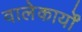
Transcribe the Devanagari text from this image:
वालेकार्यों